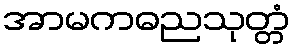
အာမကဓညသုတ္တံ